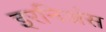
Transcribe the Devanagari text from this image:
इरनिअंस